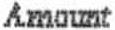
AMOUNT